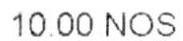
10.00 NOS